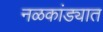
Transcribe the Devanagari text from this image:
नळकांड्यात